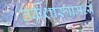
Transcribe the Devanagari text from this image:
तर्कशास्त्रामध्ये